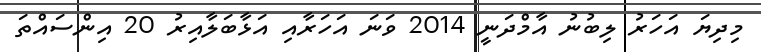
މިދިޔަ އަހަރު ލިބުނު އާމްދަނީ 2014 ވަނަ އަހަރާއި އަޅާބަލާއިރު 20 އިންސައްތަ